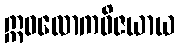
ဣဓလောကဝိဇယာယ